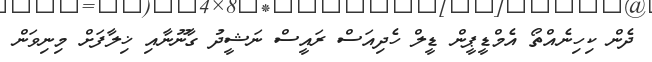
ދެން ކިހިނެއްތޯ އެމްޑީޕީން ޑީލް ހެދިއަސް ރައީސް ނަޝީދު ގާނޫނާއި ޚިލާފަށް މިނިވަން